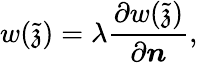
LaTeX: w(\tilde{\mathfrak{z}})=\lambda\frac{\partial w(\tilde{\mathfrak{z}})}{\partial\boldsymbol{n}},